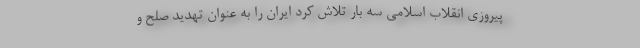
پیروزی انقلاب اسلامی سه بار تلاش کرد ایران را به عنوان تهدید صلح و